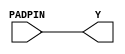
//------------------------------------------------------
// Copyright 1992, 1993 Cascade Design Automation Corporation.
//------------------------------------------------------
module pdin(PADPIN,Y);
  parameter YPITCH = "4MA";
  parameter SLIM_FLAG = 0;
  parameter PULL_TYPE = "NONE";
  parameter
        d_PADPIN_r = 0,
        d_PADPIN_f = 0,
        d_Y_r = 1,
        d_Y_f = 1;
  input  PADPIN;
  output  Y;
  wire  PADPIN_temp;
  reg  Y_temp;
  assign #(d_PADPIN_r,d_PADPIN_f) PADPIN_temp = PADPIN;
  assign #(d_Y_r,d_Y_f) Y = Y_temp;
  always
    @(PADPIN_temp)
      Y_temp = PADPIN_temp;
endmodule